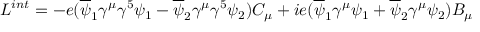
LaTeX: L ^ { i n t } = - e ( \overline { { \psi } } _ { 1 } \gamma ^ { \mu } \gamma ^ { 5 } \psi _ { 1 } - \overline { { \psi } } _ { 2 } \gamma ^ { \mu } \gamma ^ { 5 } \psi _ { 2 } ) C _ { \mu } + i e ( \overline { { \psi } } _ { 1 } \gamma ^ { \mu } \psi _ { 1 } + \overline { { \psi } } _ { 2 } \gamma ^ { \mu } \psi _ { 2 } ) B _ { \mu }